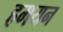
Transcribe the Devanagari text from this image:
हमयन